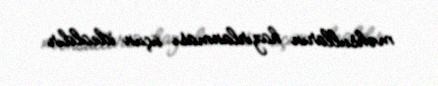
məhsulların hazırlanması üçün idealdır.